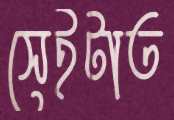
সেইটাত